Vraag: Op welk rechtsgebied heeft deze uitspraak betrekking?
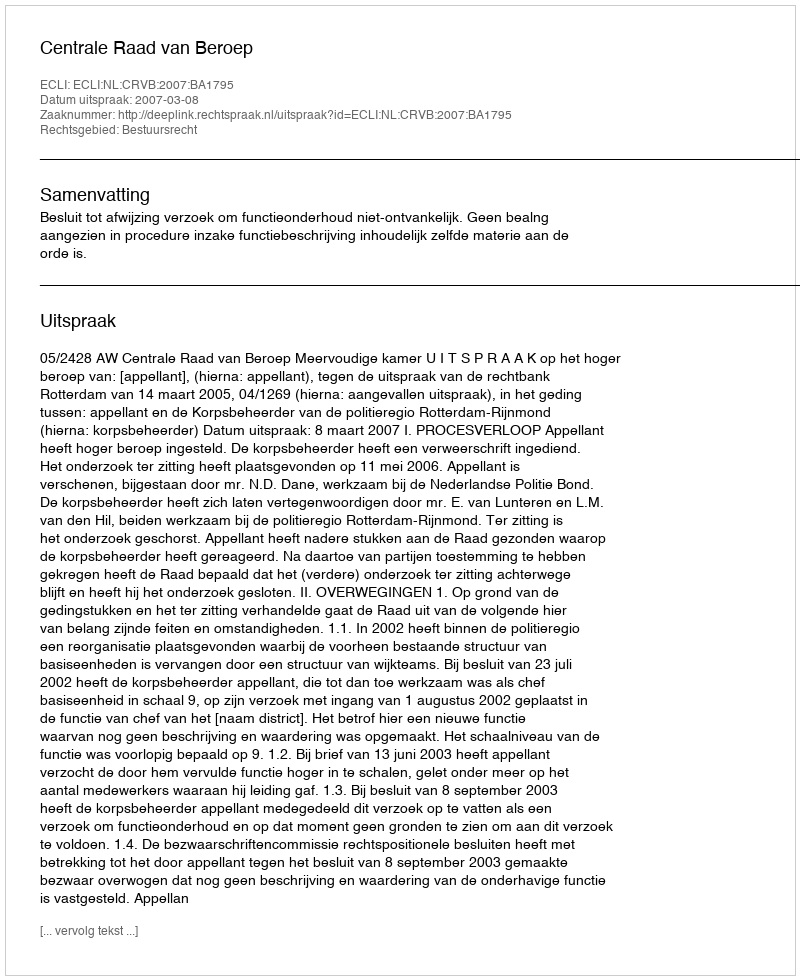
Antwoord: Bestuursrecht